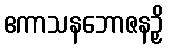
ဧကာသနဘောဇနဉှိ